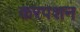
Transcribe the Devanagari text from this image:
करपशन